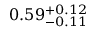
0 . 5 9 _ { - 0 . 1 1 } ^ { + 0 . 1 2 }